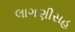
લાગણીસહ